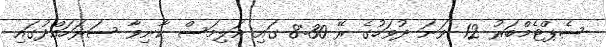
ސެޕްޓެމްބަރު 12 ވަނަ ދުވަހުގެ ރޭ 8:30 ގައި އަލިމަސް ކާނިވާ ސަރަހައްދުގައި